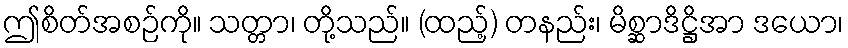
ဤစိတ်အစဉ်ကို။ သတ္တာ၊ တို့သည်။ (ထည့်) တနည်း၊ မိစ္ဆာဒိဋ္ဌိအာ ဒယော၊